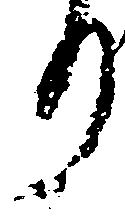
り